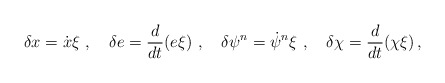
\begin{align*}\delta x = \dot{x}\xi \,\,,\,\,\,\,\,\,\delta e = \frac{d}{dt}(e\xi) \,\,,\,\,\,\,\,\,\delta \psi^n = \dot{\psi}^n\xi \, \,,\,\,\,\,\,\,\delta \chi = \frac{d}{dt}(\chi\xi)\, ,\end{align*}